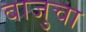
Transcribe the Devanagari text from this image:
बाजुचा